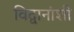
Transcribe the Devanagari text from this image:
विद्वानांशी